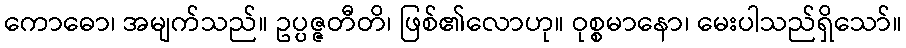
ကောဓော၊ အမျက်သည်။ ဥပ္ပဇ္ဇတီတိ၊ ဖြစ်၏လောဟု။ ဝုစ္စမာနော၊ မေးပါသည်ရှိသော်။